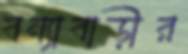
বন্যাবাড়ীর